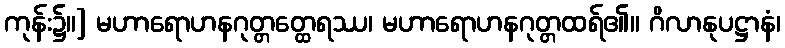
ကုန်း၌။] မဟာရောဟနဂုတ္တတ္ထေရဿ၊ မဟာရောဟနဂုတ္တထရ်၏။ ဂိလာနုပဋ္ဌာနံ၊